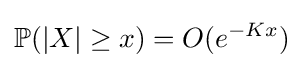
{\mathbb {P}}(|X|\geq x)=O(e^{-Kx})